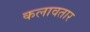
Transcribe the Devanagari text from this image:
कलावतार